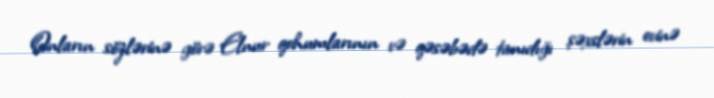
Onların sözlərinə görə Elnur qohumlarının və qəsəbədə tanıdığı şəxslərin evinə